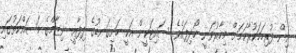
އިން ފުރިހަމަކުރާކަމަށް މިހާރުވަނީ ހޯދިފައެވެ. ސައިޓަކީން އަކީ ހަށިގަނޑުގެ ދިފާޢީ ނިޒާމްގެ މަސައްކަތުގައި